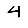
Digit: 4